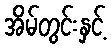
အိမ်တွင်းနှင့်